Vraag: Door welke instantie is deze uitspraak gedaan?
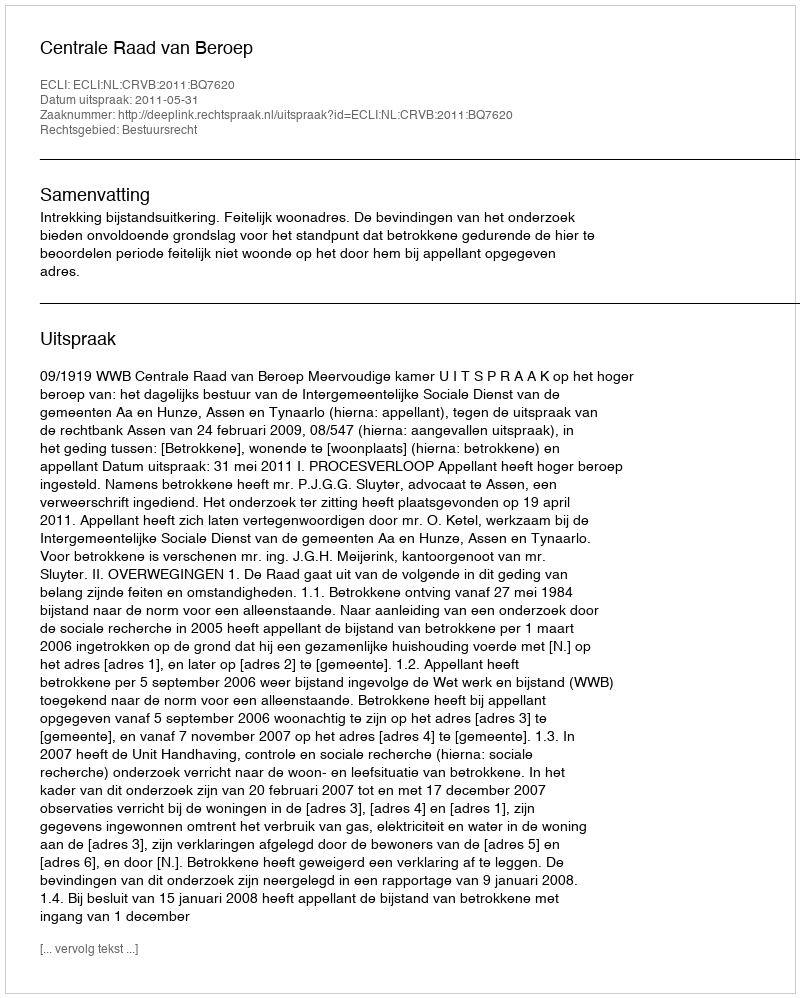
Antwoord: Centrale Raad van Beroep